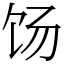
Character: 饧